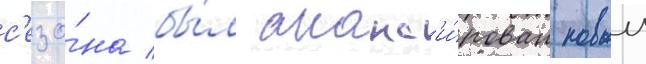
с'езо́на бы́л анонс'и́рован новыи